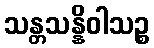
သန္တသန္နိဝါသဉ္စ